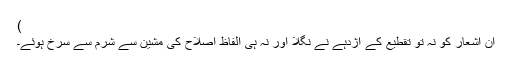
)
ان اشعار کو نہ تو تقطیع کے اژدہے نے نگلا اور نہ ہی الفاظ اصلاح کی مشین سے شرم سے سرخ ہوئے۔